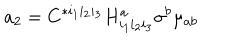
a _ { 2 } = C ^ { * i _ { 1 } i _ { 2 } i _ { 3 } } H _ { i _ { 1 } i _ { 2 } i _ { 3 } } ^ { a } \sigma ^ { b } \mu _ { a b }